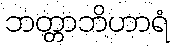
ဘတ္တာဘိဟာရံ